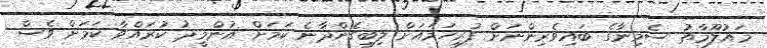
މައުލޫމާތު ސެމިނާގެ ބައިވެރިންނަށް ފުރިހަމައަަށް ލިބިގެންދާނެ ކަމަށް އުންމީދު ކުރައްވާ ކަމަށް ވެސް